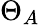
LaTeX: \Theta_{A}